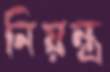
নিয়ন্ত্র